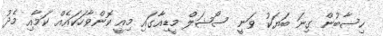
ހިސާބުން ގިނަ ބަޔަކު ވަނީ ސޯޝަލް މީޑިއާގައި މިއީ ކޮންވާހަކައެއް ކަމާއި މެދު